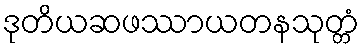
ဒုတိယဆဖဿာယတနသုတ္တံ